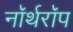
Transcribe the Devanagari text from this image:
नॉर्थरॉप